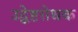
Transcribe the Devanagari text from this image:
उद्वेष्टरोधक